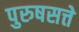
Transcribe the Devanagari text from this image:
पुरुषसत्ते